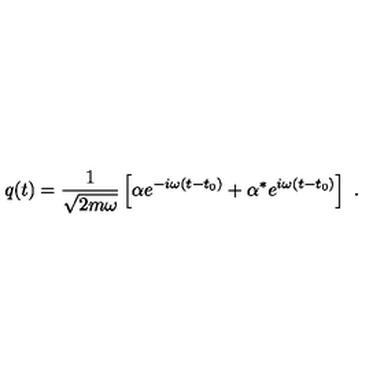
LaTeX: q ( t ) = \frac { 1 } { \sqrt { 2 m \omega } } \left[ \alpha e ^ { - i \omega ( t - t _ { 0 } ) } + \alpha ^ { * } e ^ { i \omega ( t - t _ { 0 } ) } \right] \ .